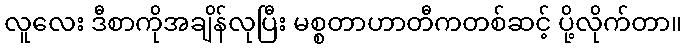
လူလေး ဒီစာကိုအချိန်လုပြီး မစ္စတာဟာတီကတစ်ဆင့် ပို့လိုက်တာ။